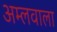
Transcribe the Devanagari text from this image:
अम्लवाला